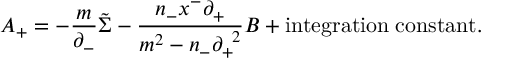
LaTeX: A _ { + } = - \frac { m } { { \partial } _ { - } } \tilde { \Sigma } - \frac { n _ { - } x ^ { - } { \partial } _ { + } } { m ^ { 2 } - n _ { - } { \partial } _ { + } ^ { \; \; 2 } } B + \mathrm { i n t e g r a t i o n \; c o n s t a n t } .